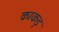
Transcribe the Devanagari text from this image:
काकड्